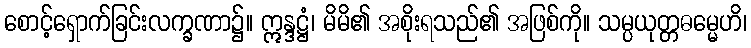
စောင့်ရှောက်ခြင်းလက္ခဏာ၌။ ဣန္ဒဋ္ဌံ၊ မိမိ၏ အစိုးရသည်၏ အဖြစ်ကို။ သမ္ပယုတ္တဓမ္မေဟိ၊